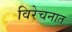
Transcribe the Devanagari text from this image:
विरेचनात